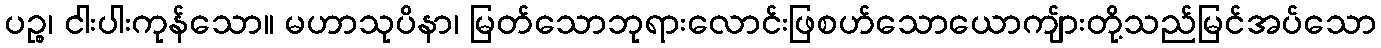
ပဉ္စ၊ ငါးပါးကုန်သော။ မဟာသုပိနာ၊ မြတ်သောဘုရားလောင်းဖြစဟ်သောယောကျ်ားတို့သည်မြင်အပ်သော